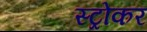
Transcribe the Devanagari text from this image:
स्ट्रोकर